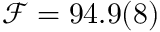
{ \mathcal F } = 9 4 . 9 ( 8 ) \